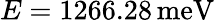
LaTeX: E=1266.28\, \mathrm{meV}